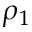
\rho _ { 1 }